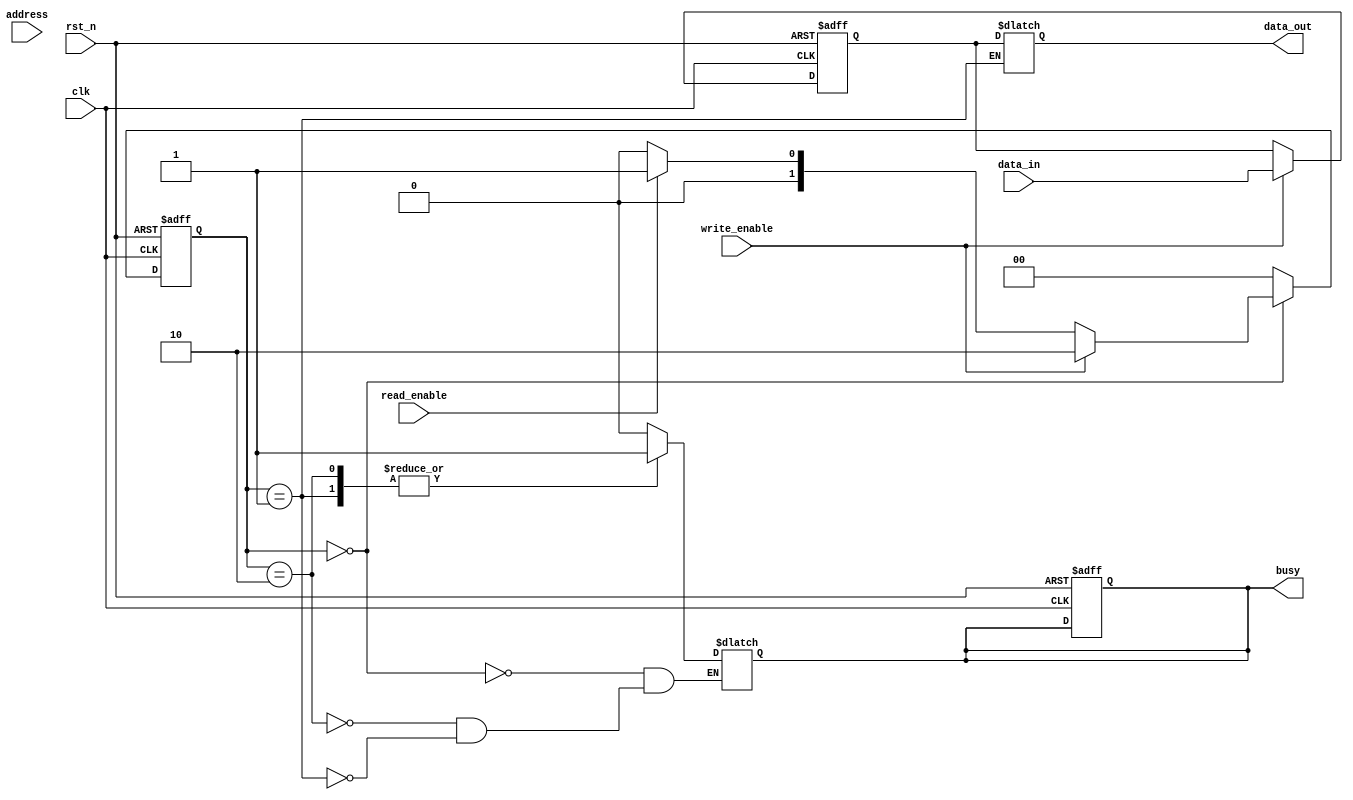
module FeRAM_IO_Block (
    input wire clk,
    input wire rst_n,
    input wire [7:0] data_in,
    output reg [7:0] data_out,
    input wire [ADDRESS_WIDTH-1:0] address,
    input wire read_enable,
    input wire write_enable,
    output reg busy
);

parameter ADDRESS_WIDTH = 8;  // Define the address width
parameter IDLE = 2'b00;
parameter READ = 2'b01;
parameter WRITE = 2'b10;

reg [1:0] state, next_state;
reg [7:0] data_latch; // Data latch for read/write operations
reg [ADDRESS_WIDTH-1:0] current_address;

// Input Buffers (Data Capture)
always @(posedge clk or negedge rst_n) begin
    if (!rst_n)
        data_latch <= 8'b0;
    else if (write_enable)
        data_latch <= data_in; // Capture data during write operation
end

// FSM for Read and Write Control
always @(posedge clk or negedge rst_n) begin
    if (!rst_n) begin
        state <= IDLE;
        busy <= 1'b0;
        current_address <= 0;
    end else begin
        state <= next_state;
        current_address <= address; // Update current address on state change
    end
end

always @(*) begin
    case (state)
        IDLE: begin
            busy = 1'b0; // Not busy in idle
            if (write_enable)
                next_state = WRITE; // Transition to write state
            else if (read_enable)
                next_state = READ; // Transition to read state
            else
                next_state = IDLE; // Stay in idle
        end
        
        WRITE: begin
            busy = 1'b1; // Indicate busy during write
            // Logic for writing to memory cells would go here
            // For this pseudo-code, we are skipping actual memory logic
            next_state = IDLE; // Complete write operation
        end
        
        READ: begin
            busy = 1'b1; // Indicate busy during read
            data_out = data_latch; // Drive data out from latch
            // Logic to read from memory cells would go here
            // For this pseudo-code, we are skipping actual memory logic
            next_state = IDLE; // Complete read operation
        end
        
        default: begin
            next_state = IDLE; // Default to idle state
        end
    endcase
end

endmodule